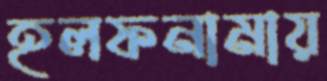
হলফনামায়